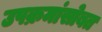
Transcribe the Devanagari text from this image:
उपक्रमांसोबत